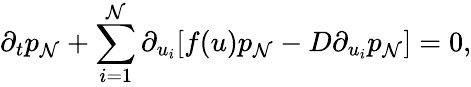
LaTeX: \partial_{t}p_{\mathcal{N}}+\sum_{i=1}^{\mathcal{N}}\partial_{u_{i}}[f(u)p_{\mathcal{N}}-D\partial_{u_{i}}p_{\mathcal{N}}]=0,